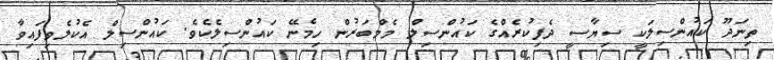
ތިނަދޫ ކައުންސިލަކީ ސިޔާސީ ދެފިކުރެއްގެ ކައުންސިލް މެމްބަރުން ހިމެނޭ ކައުންސިލެކެވެ. ކައުންސިލް އެކުލެވިފައިވާ